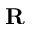
\mathbf { R }